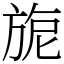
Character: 旎